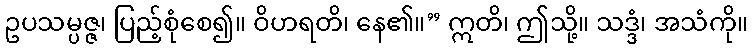
ဥပသမ္ပဇ္ဇ၊ ပြည့်စုံစေ၍။ ဝိဟရတိ၊ နေ၏။” ဣတိ၊ ဤသို့။ သဒ္ဒံ၊ အသံကို။